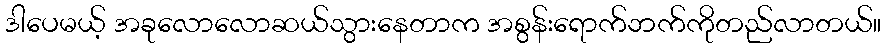
ဒါပေမယ့် အခုလောလောဆယ်သွားနေတာက အစွန်းရောက်ဘက်ကိုတည်လာတယ်။